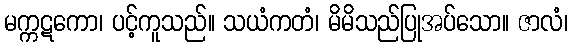
မက္ကဋကော၊ ပင့်ကူသည်။ သယံကတံ၊ မိမိသည်ပြုအပ်သော။ ဇာလံ၊